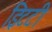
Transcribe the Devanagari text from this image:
इिटटी